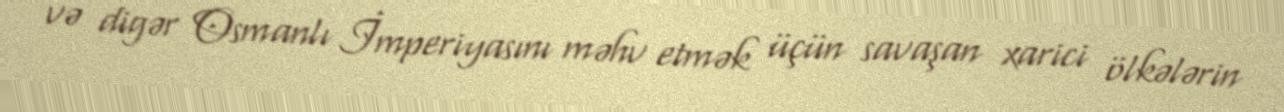
və digər Osmanlı İmperiyasını məhv etmək üçün savaşan xarici ölkələrin